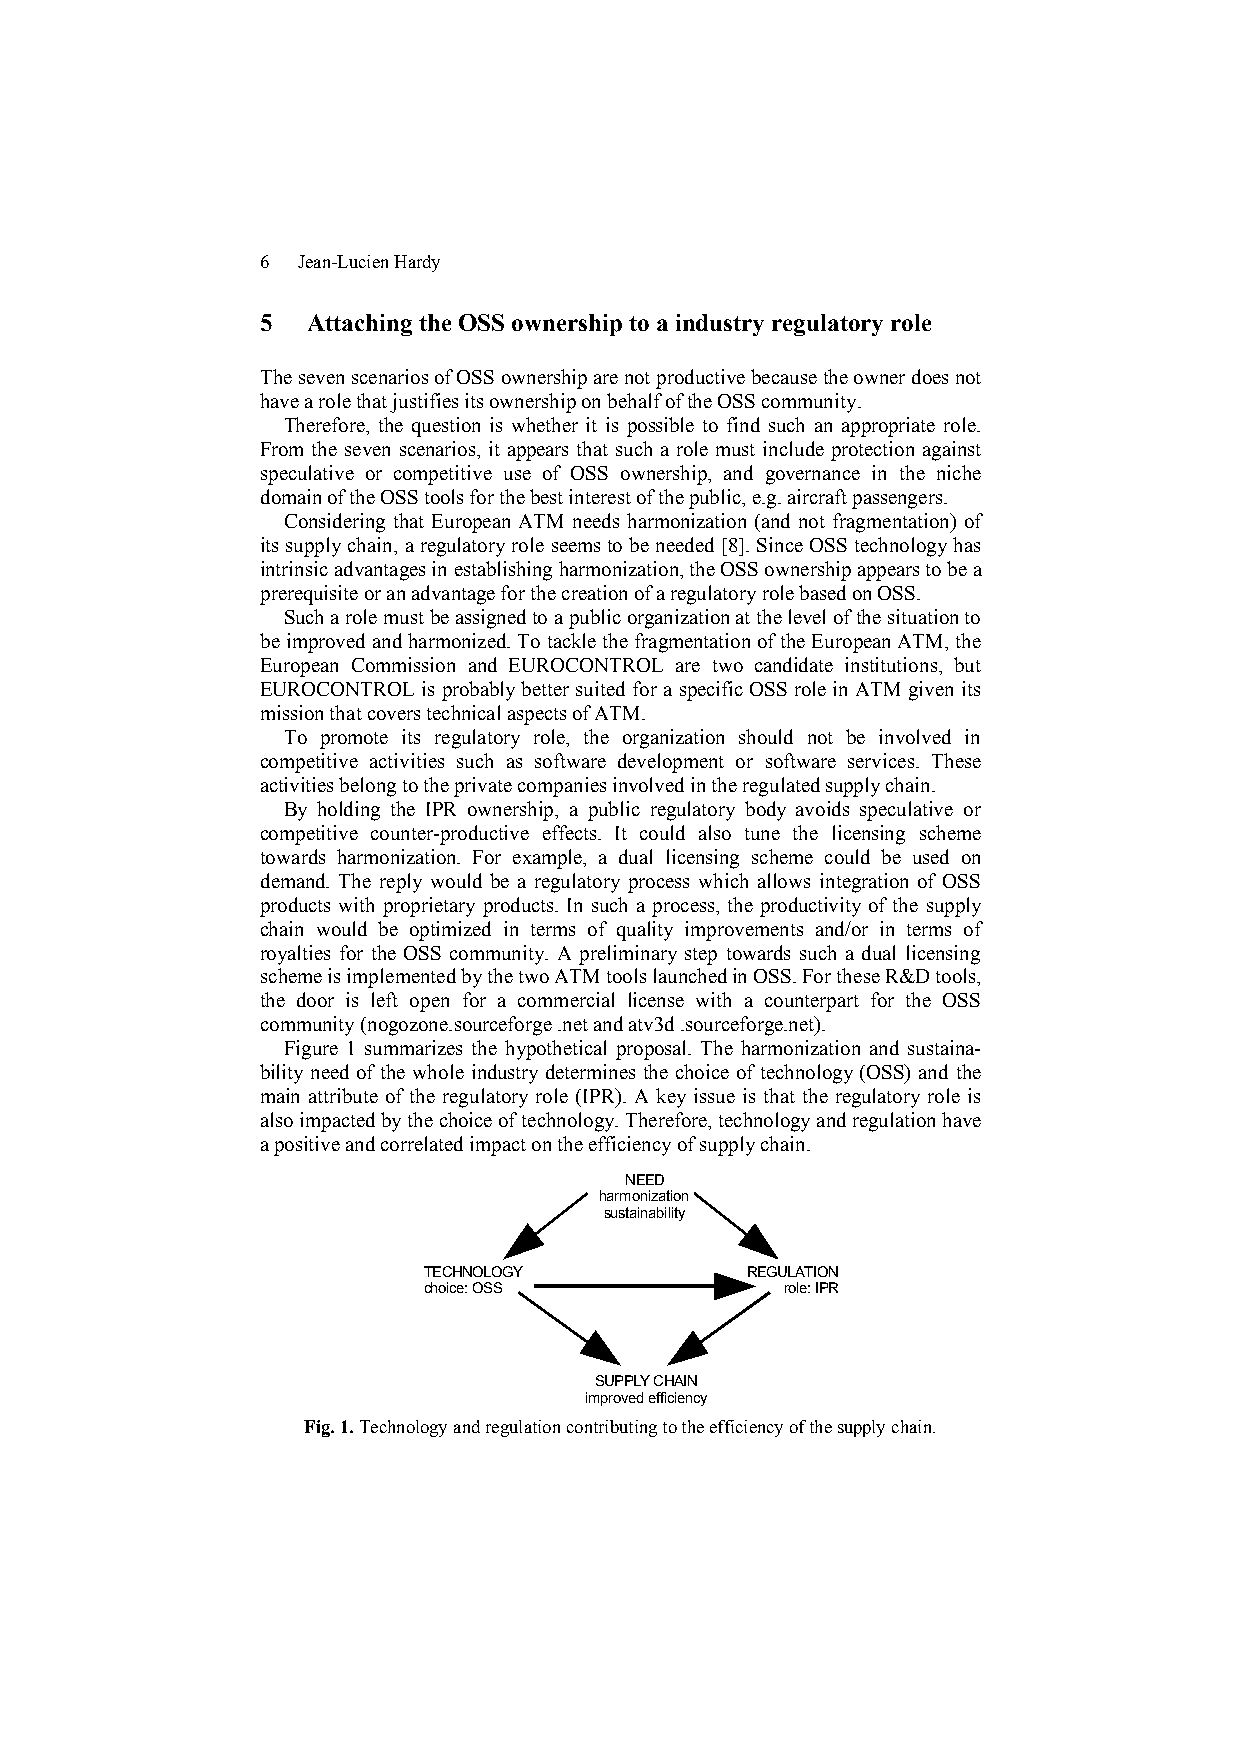
6  Jean-Lucien Hardy
 5  Attaching the OSS ownership to a industry regulatory role
 The seven scenarios of OSS ownership are not productive because the owner does not
 have a role that justifies its ownership on behalf of the OSS community.
 Therefore, the question is whether it is possible to find such an appropriate role.
 From the seven scenarios, it appears that such a role must include protection against
 speculative or competitive use of OSS ownership, and governance in the niche
 domain of the OSS tools for the best interest of the public, e.g. aircraft passengers.
 Considering that European ATM needs harmonization (and not fragmentation) of
 its supply chain, a regulatory role seems to be needed [8]. Since OSS technology has
 intrinsic advantages in establishing harmonization, the OSS ownership appears to be a
 prerequisite or an advantage for the creation of a regulatory role based on OSS.
 Such a role must be assigned to a public organization at the level of the situation to
 be improved and harmonized. To tackle the fragmentation of the European ATM, the
 European Commission and EUROCONTROL are two candidate institutions, but
 EUROCONTROL is probably better suited for a specific OSS role in ATM given its
 mission that covers technical aspects of ATM.
 To promote its regulatory role, the organization should not be involved in
 competitive activities such as software development or software services. These
 activities belong to the private companies involved in the regulated supply chain.
 By holding the IPR ownership, a public regulatory body avoids speculative or
 competitive counter-productive effects. It could also tune the licensing scheme
 towards harmonization. For example, a dual licensing scheme could be used on
 demand. The reply would be a regulatory process which allows integration of OSS
 products with proprietary products. In such a process, the productivity of the supply
 chain would be optimized in terms of quality improvements and/or in terms of
 royalties for the OSS community. A preliminary step towards such a dual licensing
 scheme is implemented by the two ATM tools launched in OSS. For these R&D tools,
 the door is left open for a commercial license with a counterpart for the OSS
 community (nogozone.sourceforge .net and atv3d .sourceforge.net).
 Figure 1 summarizes the hypothetical proposal. The harmonization and sustaina-
 bility need of the whole industry determines the choice of technology (OSS) and the
 main attribute of the regulatory role (IPR). A key issue is that the regulatory role is
 also impacted by the choice of technology. Therefore, technology and regulation have
 a positive and correlated impact on the efficiency of supply chain.
 NEED
 harmonization
 sustainability
 TECHNOLOGY           REGULATION
 choice: OSS             role: IPR
 SUPPLY CHAIN
 improved efficiency
 Fig. 1. Technology and regulation contributing to the efficiency of the supply chain.